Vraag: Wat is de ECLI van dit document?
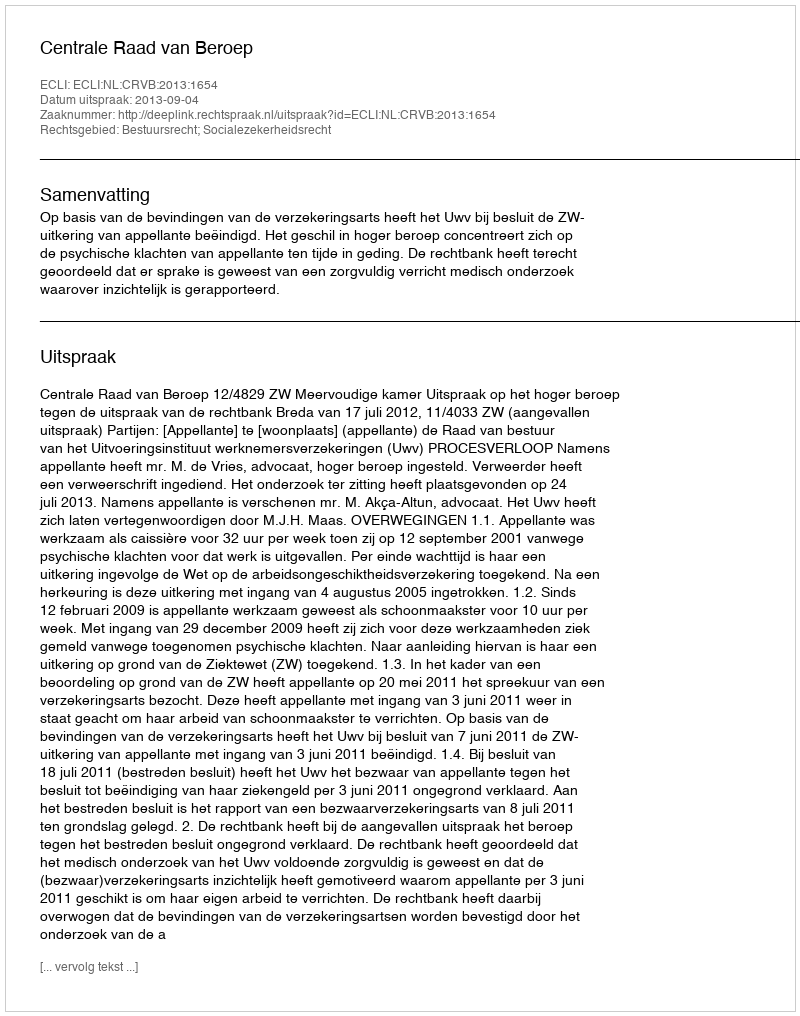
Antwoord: ECLI:NL:CRVB:2013:1654